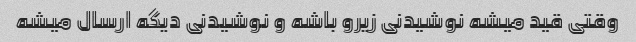
وقتی قید میشه نوشیدنی زیرو باشه و نوشیدنی دیگه ارسال میشه